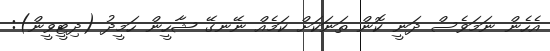
އެހެން ނަމަވެސް ދަނީ ކޮން ތަނަކަށް ކަމެއް ނޭނގޭ ޝާހީން ހަމީދު (ދިޓީވީން):